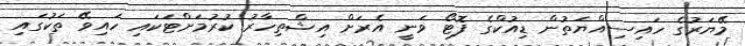
މޭޔަރުގެ ހައިސިއްޔަތުން ޑިއުކްގެ ފޮޓޯ ވަނީ އެރަށް އިޝްތިހާރު ކުރުމަށްޓަކައި ހައިވޭ ތަކުގައި